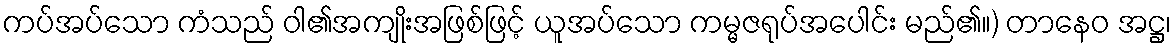
ကပ်အပ်သော ကံသည် ဝါ၏အကျိုးအဖြစ်ဖြင့် ယူအပ်သော ကမ္မဇရုပ်အပေါင်း မည်၏။) တာနေဝ အဋ္ဌ၊